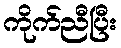
ကိုက်ညီပြီး